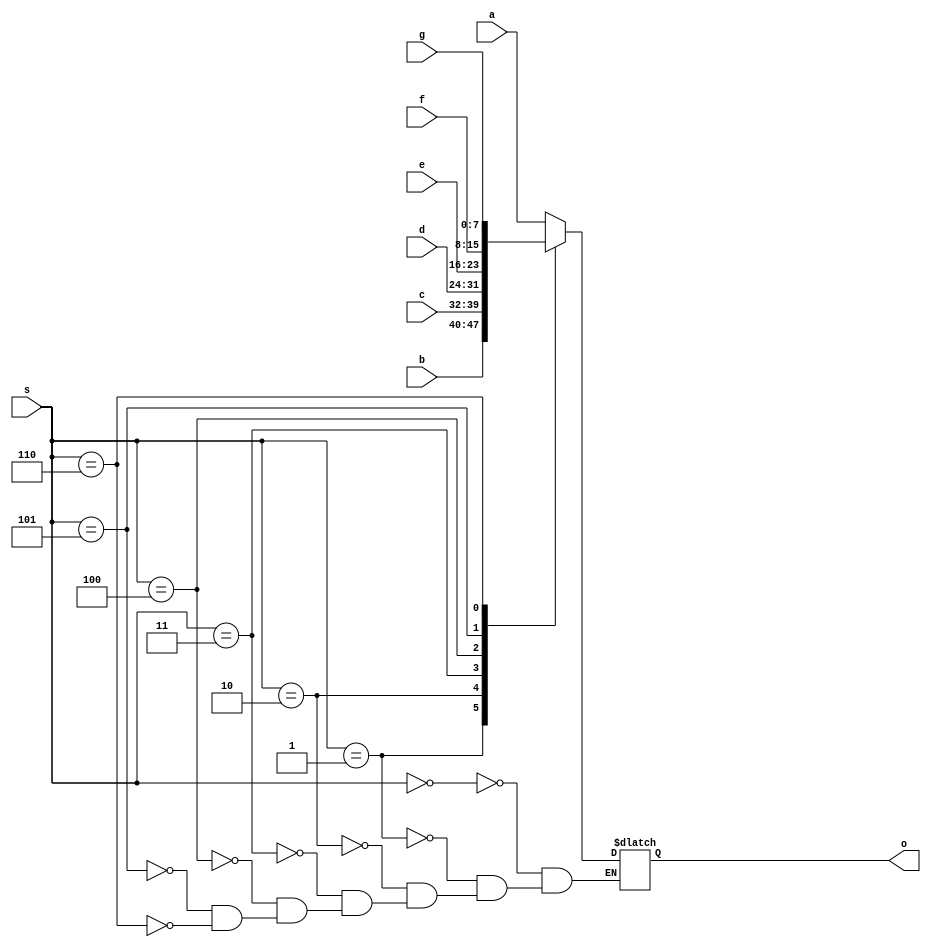
`timescale 1ns / 1ps

module eight_by_one_mux(input [7:0] a,
                        input [7:0] b,
                        input [7:0] c,
                        input [7:0] d,
                        input [7:0] e,
                        input [7:0] f,
                        input [7:0] g,
                        
                        input [2:0] s,
                        
                        output reg [7:0] o
                        );
                        
always @ (*)
 begin
  case (s)
   3'b000: o=a;
   3'b001: o=b;
   3'b010: o=c;
   3'b011: o=d;
   3'b100: o=e;
   3'b101: o=f;
   3'b110: o=g;
  endcase
 end
endmodule